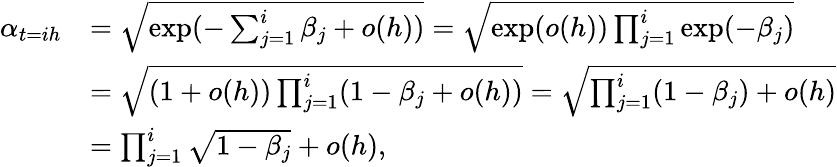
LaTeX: \begin{array}{rl}{\alpha_{t=ih}}&{=\sqrt{\exp(-\sum_{j=1}^{i}\beta_{j}+o(h))}=\sqrt{\exp(o(h))\prod_{j=1}^{i}\exp(-\beta_{j})}}\\ &{=\sqrt{(1+o(h))\prod_{j=1}^{i}(1-\beta_{j}+o(h))}=\sqrt{\prod_{j=1}^{i}(1-\beta_{j})+o(h)}}\\ &{=\prod_{j=1}^{i}\sqrt{1-\beta_{j}}+o(h),}\end{array}